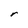
Character: r